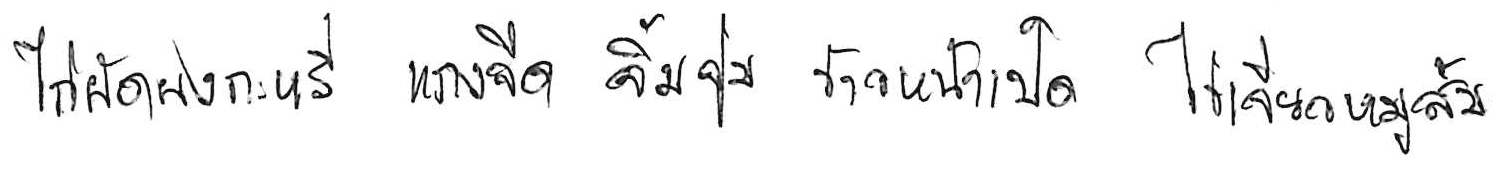
ไก่ผัดผงกะหรี่ แกงจืด จิ้มจุ่ม ข้าวหน้าเป็ด ไข่เจียวหมูสับ